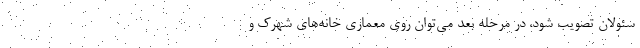
سئولان تصویب شود، در مرحله بعد می‌توان روی معماری خانه‌های شهرک و